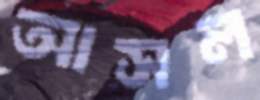
আসল